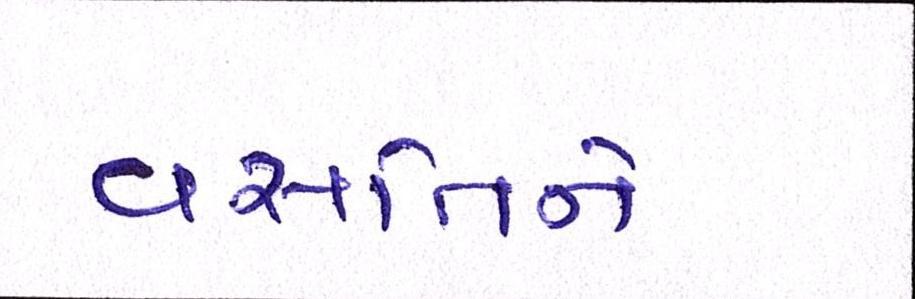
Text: વસતિને